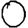
Digit: 0